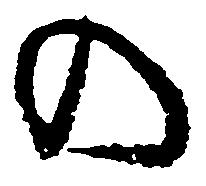
の